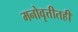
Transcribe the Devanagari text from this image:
मनोवृत्तीतही